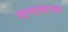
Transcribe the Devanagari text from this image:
माण्डव्याश्रम